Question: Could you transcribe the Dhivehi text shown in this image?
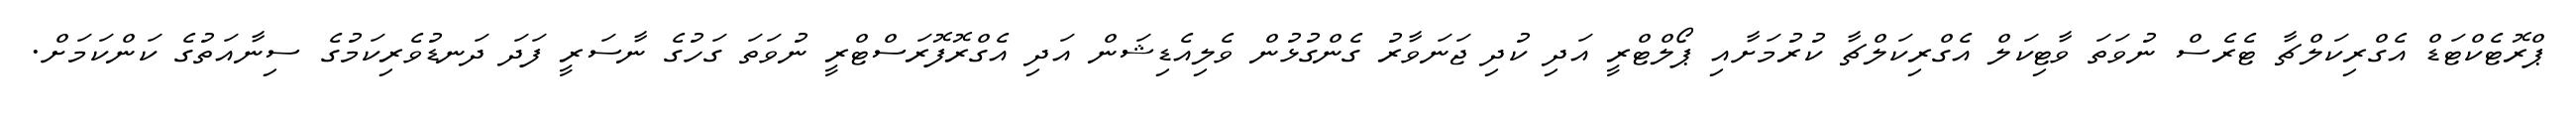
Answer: ޕްރޮޓެކްޓަޑް އެގްރިކަލްޗާ ޓެރެސް ނުވަތަ ވާޓިކަލް އެގްރިކަލްޗާ ކުރުމަށާއި ޕޯލްޓްރީ އަދި ކުދި ޖަނަވާރު ގެންގުޅުން ވެލިއެޑިޝަން އަދި އެގްރޮފޮރަސްޓްރީ ނުވަތަ ގަހުގެ ނާސަރީ ފަދަ ދަނޑުވެރިކަމުގެ ސިނާއަތުގެ ކަންކަމަށް.